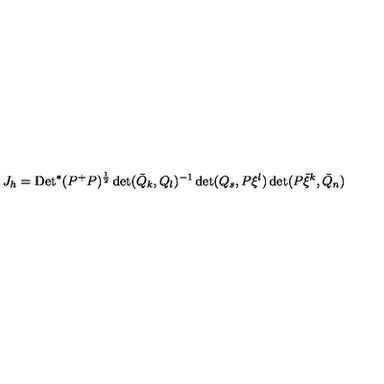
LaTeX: J _ { h } = \mathrm { D e t } ^ { * } ( P ^ { + } P ) ^ { \frac { 1 } { 2 } } \det ( \bar { Q } _ { k } , Q _ { l } ) ^ { - 1 } \det ( Q _ { s } , P \xi ^ { l } ) \det ( P \bar { \xi } ^ { k } , \bar { Q } _ { n } )